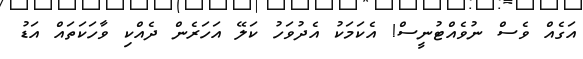
އަގެއް ވެސް ނުވެއްޓުނީސް! އެކަމަކު އެދުވަހު ކަލޭ އަހަރެން ދެއްކި ވާހަކަތައް އަޑު